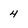
Character: 4